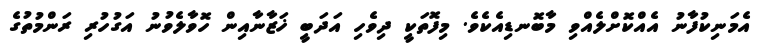
އެމަނިކުފާނު އެއްކޮށްލެއްވި މާބޮނޑިއެކެވެ. މިފޮތަކީ ދިވެހި އަދަބީ ޚަޒާނާއިން ހޮވާލެވުނު އަގުހުރި ރަންމުތުގެ